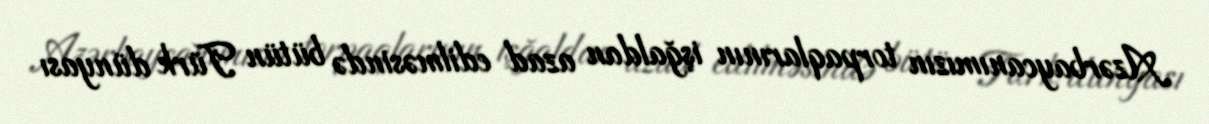
Azərbaycanımızın torpaqlarının işğaldan azad edilməsində bütün Türk dünyası